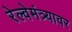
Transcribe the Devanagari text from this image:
रेल्वेमंत्र्यावर